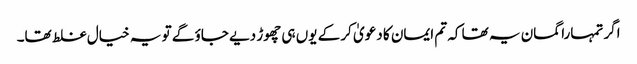
اگر تمہارا گمان یہ تھا کہ تم ایمان کا دعویٰ کر کے یوں ہی چھوڑ دیے جاؤ گے تو یہ خیال غلط تھا۔